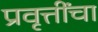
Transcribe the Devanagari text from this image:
प्रवृत्तींचा